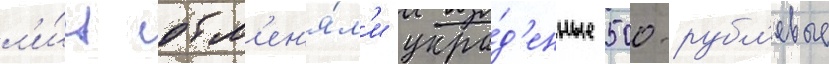
л'и́ц обм'ен'я́л'и укра́д'енные 500-рубл'евые